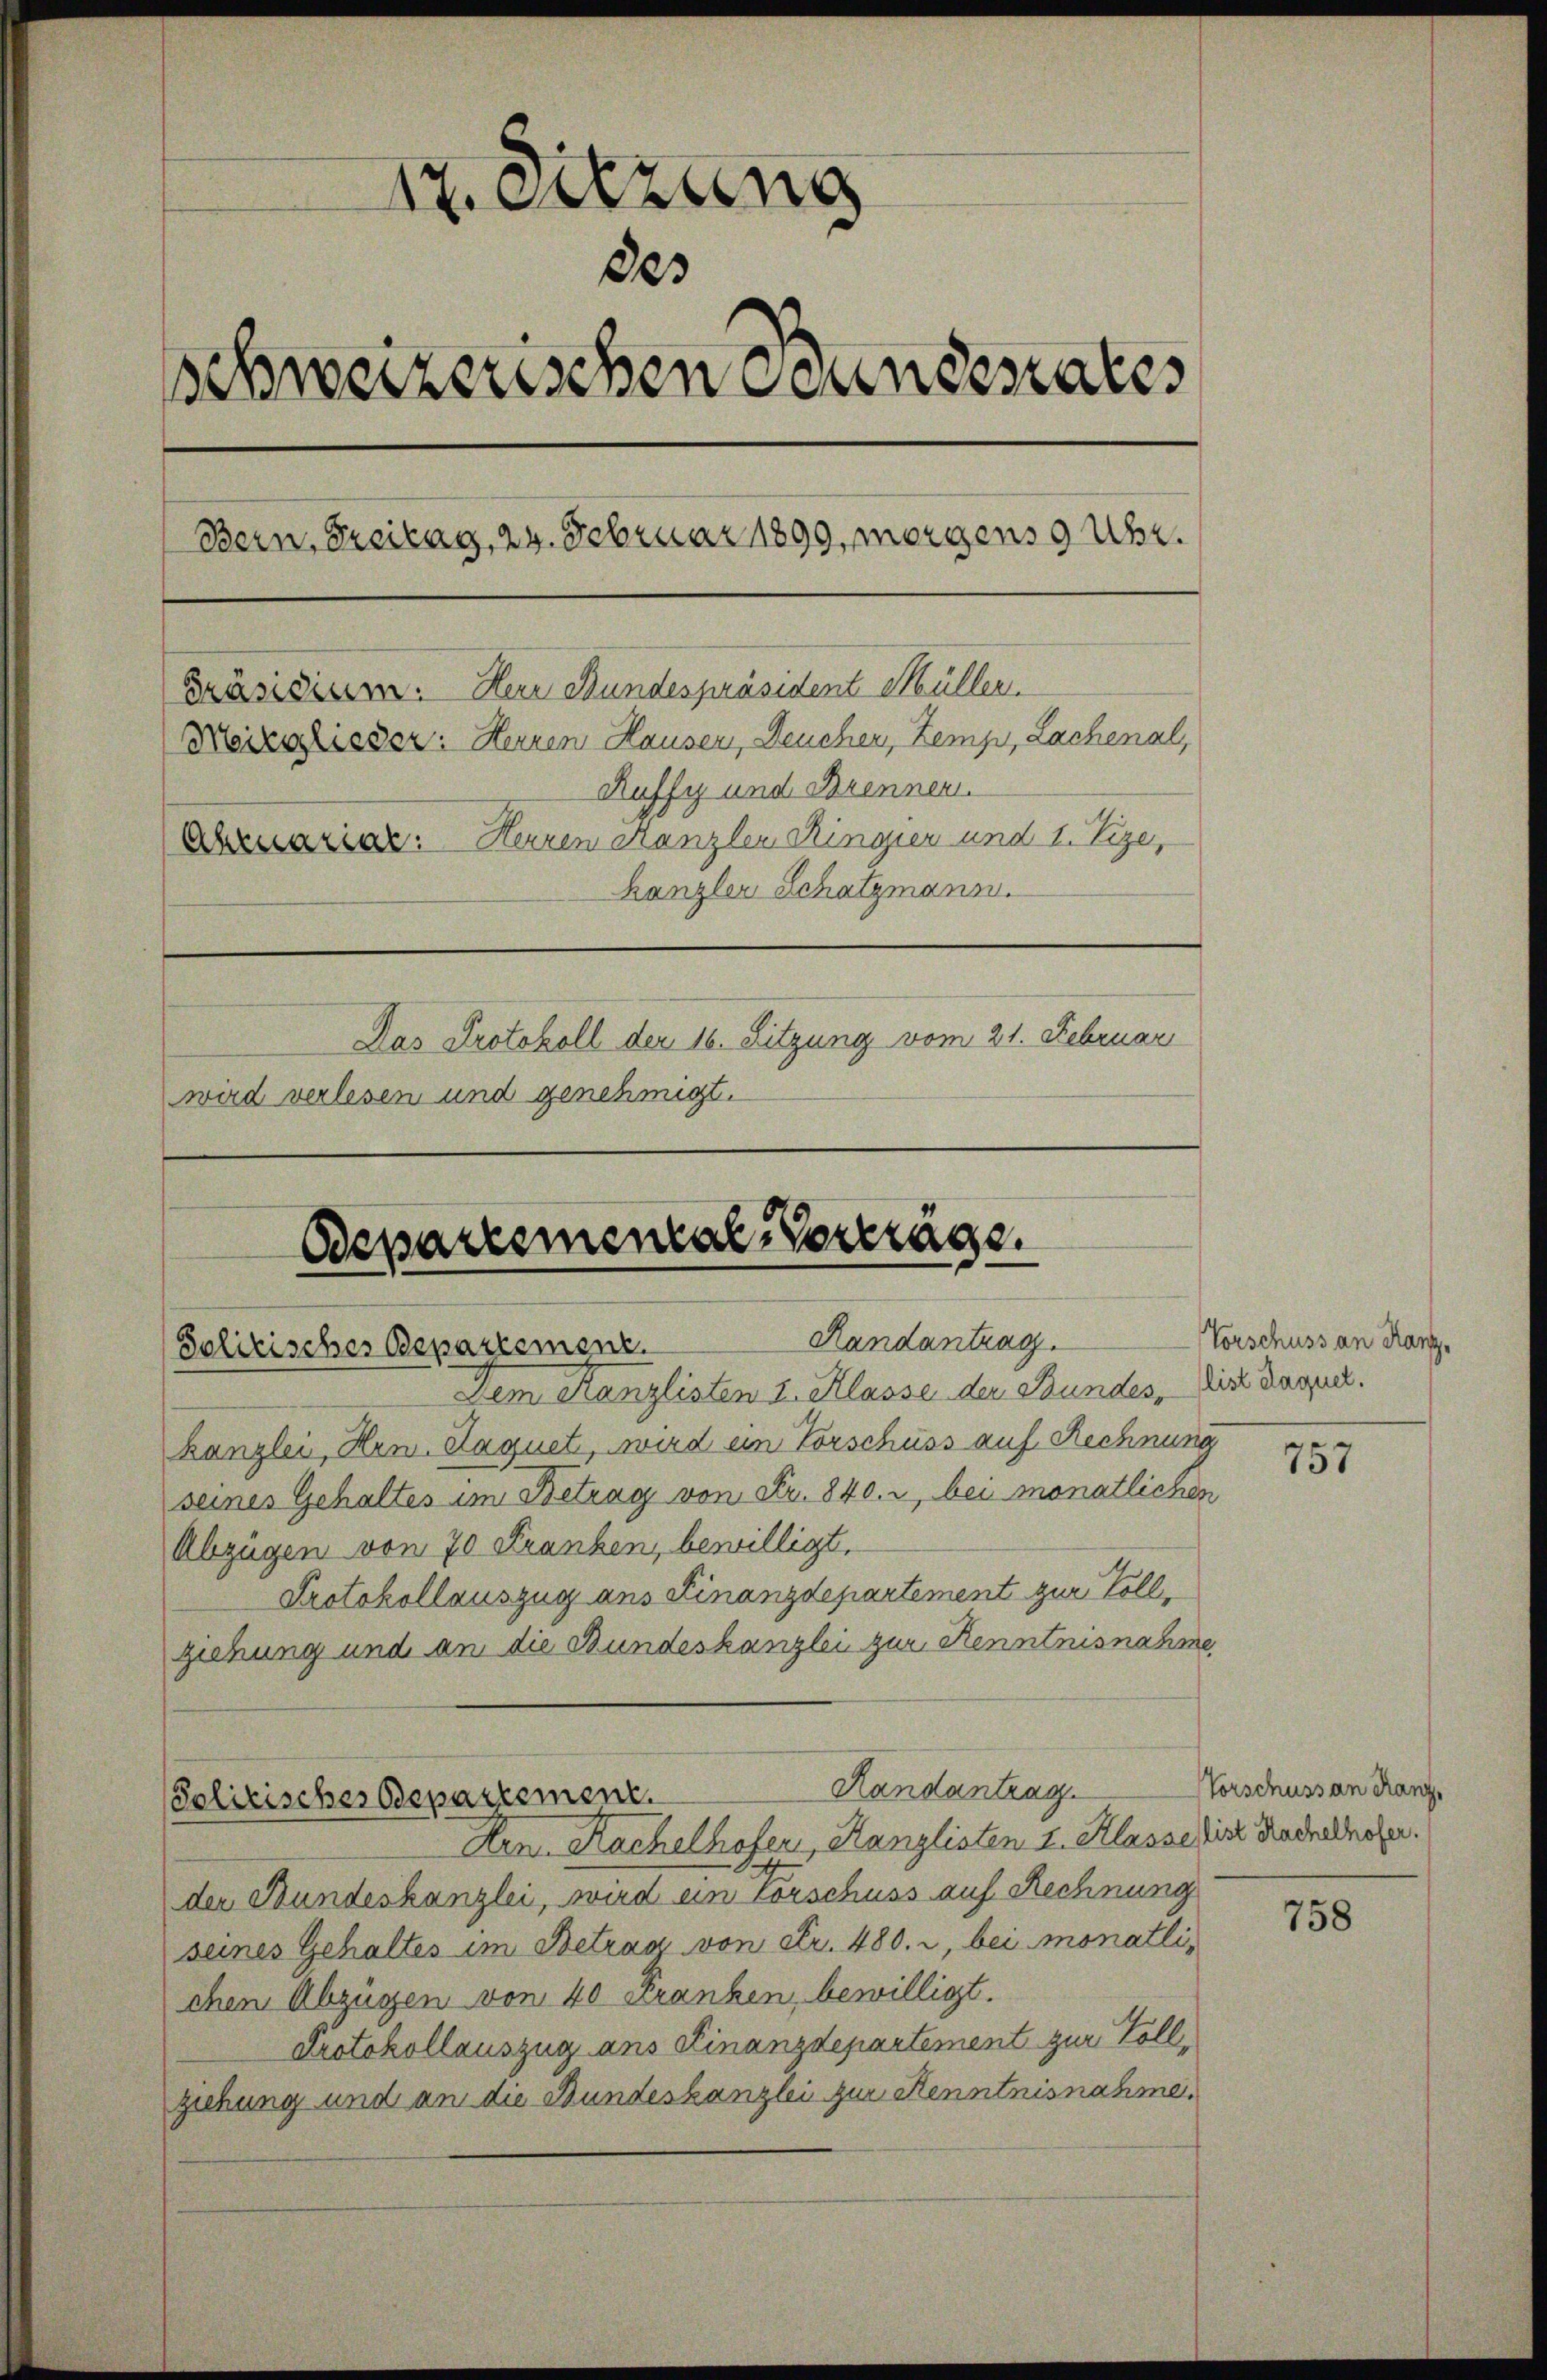
17. Sitzung
80
schweizerischen Bundesrates
Bern, Breitag, 24. Februar 1899, morgens 9 Uhr.
Präsidium. Herr Bundespräsident Müller.
Neizglieder: Herren Hausen, Deuchen, Zemp, Lachenal,
Ruffy und Brennen.
Abruariar: Herren Kanzler Ringier und 1. Tize,
kanzler Schatzmann.
Das Protokoll den 16. Sitzung vom 21. Februar
wird verlesen und genehmigt.

Bepartemental-Vertrage
Randantrag.
Solitisches Bepartement.

Dem Kanzlisten I. Klasse der Bundes, diese Zusch.
kanzlei, Hen. Haguet, wird ein Vorschuss auf Rechnung
seines Gehaltes im Betrag von Fr. 840. i, bei monatlichen
Abzügen von 70 Franken, bewilligt,
Protokollauszug aus Finanzdepartement zur Vollziehung und an die Bundeskanzlei zur Kenntnisnahme,
Randantrag.
Politischer Bepartement.
Arn. Kachelhofen, Kanzlisten 4. Klasse ist Rucheloser.
der Bundeskanzlei, wird ein Forschuss auf Rechnung
seines Gehaltes im Betrag von cer. 480. 2, bei monatlichen Abzügen von 40 Franken, bewilligt.
Protokollauszug ans Finanzdepartement zur Vollziehung und an die Bundeskanzlei zur Kenntnisnahme.

Vorschuss an Kanz¬

757

Vorschuss an Ranz,

758